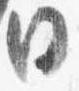
日